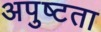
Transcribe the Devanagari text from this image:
अपुष्टता